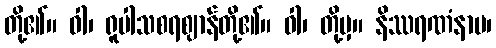
တို့၏။ ဝါ၊ ရူပါသစရဈာန်တို့၏။ ဝါ၊ တို့မှ။ နိဿရဏံနာမ၊